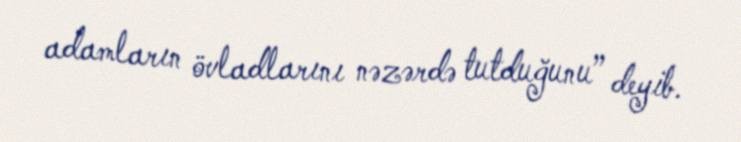
adamların övladlarını nəzərdə tutduğunu” deyib.